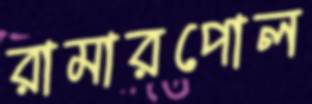
রামারপোল